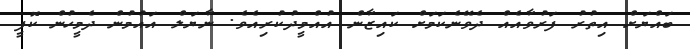
ބައްޔަށް އިތުރު ފަރުވާއެއް ދެވޭނެކަމަށް ކައިޒާން އުއްމީދުކުރިއެވެ. ނާޔަލް އައުމުން ދެމީހުން ކޮފީ